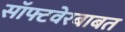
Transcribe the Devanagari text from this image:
सॉफ्टवेरबाबत